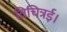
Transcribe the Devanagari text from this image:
विचित्रई।